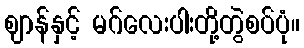
ဈာန်နှင့် မဂ်လေးပါးတို့တွဲစပ်ပုံ။